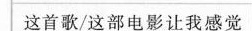
l这首歌/这部电影让我感觉